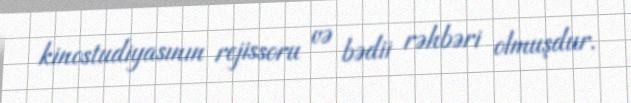
kinostudiyasının rejissoru və bədii rəhbəri olmuşdur.